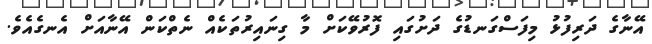
އޭނާގެ ދަރިފުޅު މިފަސްގަނޑުގެ ދަށުގައި ފޮރުވޭކަށް މާ ގިނައިރުތަކެއް ނެތްކަން އޭނާއަށް އެނގެއެވެ.